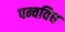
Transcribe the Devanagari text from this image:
पन्चविध